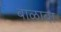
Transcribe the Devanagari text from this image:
बाळाबा